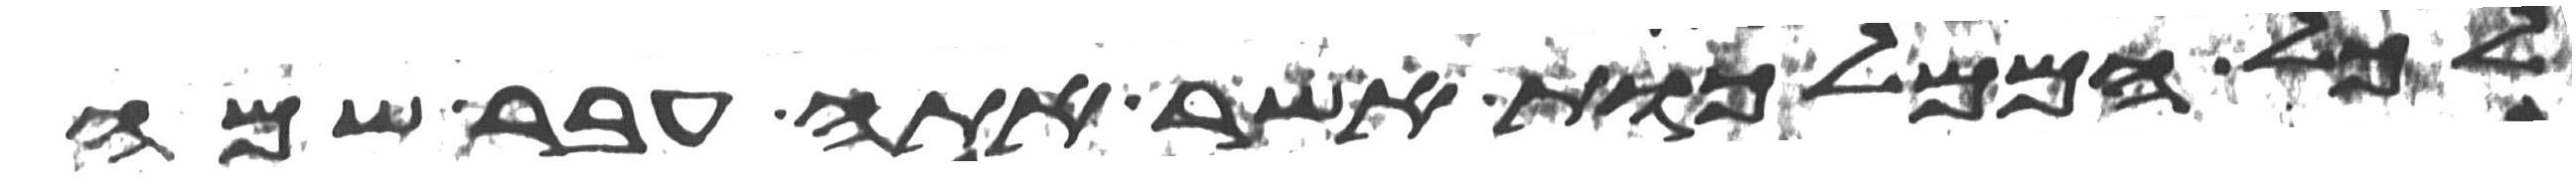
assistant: לכל הממלכות אשר אתה עבר שמה